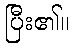
ပြီး၏။